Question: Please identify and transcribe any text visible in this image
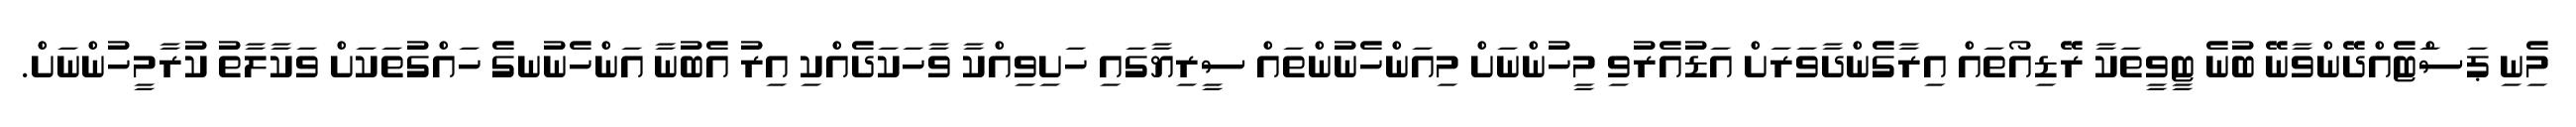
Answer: މިެނި ޕަސަްޓެއްދޭންވާނޭ ބުނެ ޓީވީތަކާ ރޭޑިއޯތައް އިރާގެންދާވަރަށް އަޑުއެރުވި މީހުންނަށް މިއަންހެނުންތައް ސީރިޔާގައި ހަށިވިއްކާ ވާހަކަދެއްކި އިރު އެބުނާ އަންހެނުނގެ ހައްގުތަކަށް ވަކާލާތު ކުރާމީހުންނަށް.